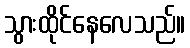
သွားထိုင်နေလေသည်။